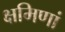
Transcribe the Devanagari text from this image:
क्षमिणां